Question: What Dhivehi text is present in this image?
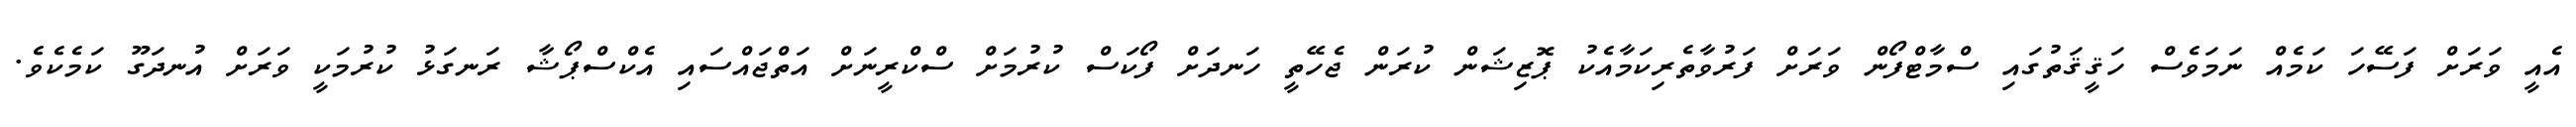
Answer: އެއީ ވަރަށް ފަސޭހަ ކަމެއް ނަމަވެސް ހަޤީޤަތުގައި ސްމާޓްފޯން ވަރަށް ފަރުވާތެރިކަމާއެކު ޕޮޒިޝަން ކުރަން ޖެހޭތީ ހަނދަށް ފޯކަސް ކުރުމަށް ސްކްރީނަށް އަތްޖައްސައި އެކްސްޕޯޝާ ރަނގަޅު ކުރުމަކީ ވަރަށް އުނދަގޫ ކަމެކެވެ.